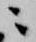
ニ